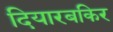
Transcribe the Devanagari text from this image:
दियारबकिर